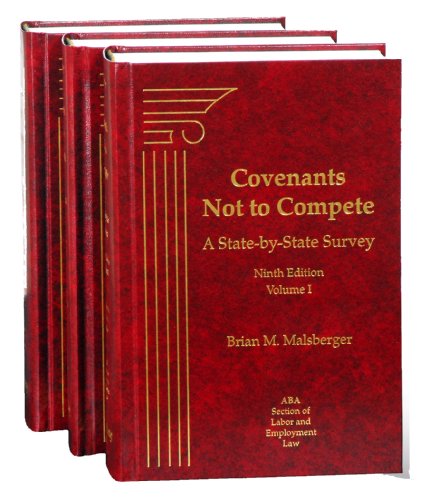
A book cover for Covenants Not to Compete: A State-by-State Survey; Brian M. Malsberger; Law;